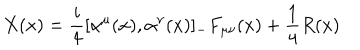
LaTeX: X ( x ) = \frac { i } { 4 } [ \alpha ^ { \mu } ( x ) , \alpha ^ { \nu } ( x ) ] _ { - } F _ { \mu \nu } ( x ) + \frac { 1 } { 4 } R ( x )